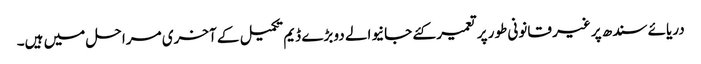
دریائے سندھ پر غیر قانونی طور پر تعمیر کئے جانیوالے دو بڑے ڈیم تکمیل کے آخری مرا حل میں ہیں۔